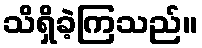
သိရှိခဲ့ကြသည်။